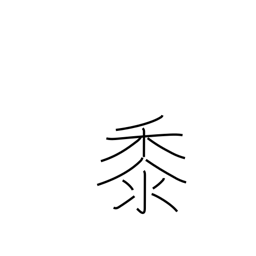
Meaning: millet